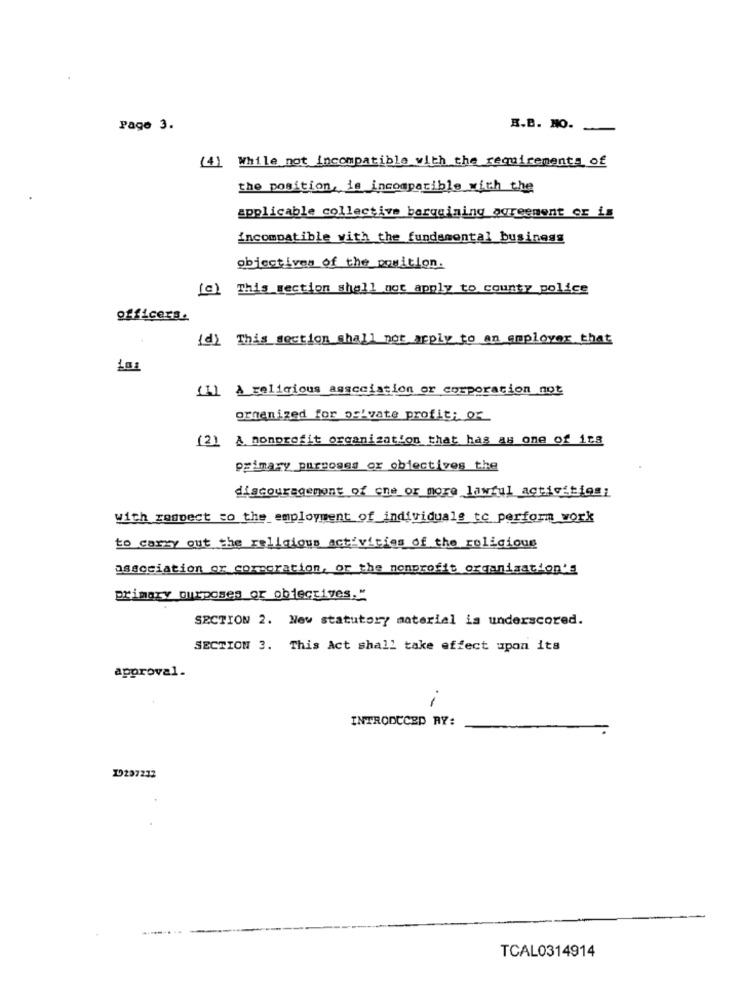
Page 3.
B.B. NO.
(4) While not incompatible with the requirements of
the position, is incompatible with the
applicable collective bargaining agreement or is
incompatible with the fundsmontal business
objectives of the position.
[c) This section shall not apply to county police
officers.
{d) This section shall not apply to an employer that
[1] A religious augcciation or corporation not
organized for D'vate profit; or
(2) A nonprofit organization that has as one of its
primary purposes or objectives the
discouragement of one or more lawful activities:
with respect to the employment of individuals to perform work
to carry out the religious activities of the religious
association or corporation, or the nonprofit organization's
primary ourposes or objectives."
SECTION 2. Now statutory material is underscored.
SECTION 3. This Act shall take effect upon its
approval.
--
INTRODUCED RY:
19297212
TCAL0314914